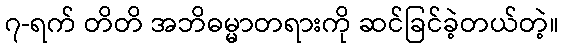
၇-ရက် တိတိ အဘိဓမ္မာတရားကို ဆင်ခြင်ခဲ့တယ်တဲ့။